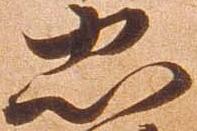
忠